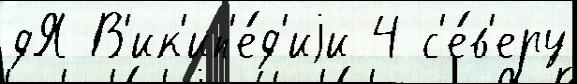
дЯ В'ик'ип'е́д'иjи 4 с'е́в'еру